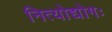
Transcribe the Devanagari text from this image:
नित्योद्योगः